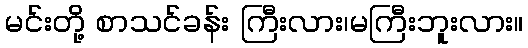
မင်းတို့ စာသင်ခန်း ကြီးလား၊မကြီးဘူးလား။